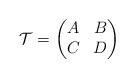
LaTeX: \begin{align*}\mathcal{T} = \left( \begin{matrix}A & B \\C & D \end{matrix} \right) \;\end{align*}